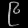
Digit: ၉